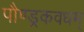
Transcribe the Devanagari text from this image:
पौण्ड्रकवधम्